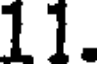
11.